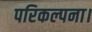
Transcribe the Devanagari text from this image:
परिकल्पना।